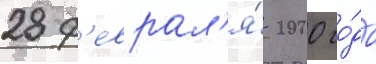
28 ф'еврал'я́ 2000 го́да